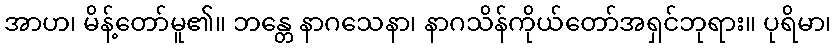
အာဟ၊ မိန့်တော်မူ၏။ ဘန္တေ နာဂသေနာ၊ နာဂသိန်ကိုယ်တော်အရှင်ဘုရား။ ပုရိမာ၊